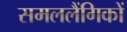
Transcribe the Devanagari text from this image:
समललैंगिकों